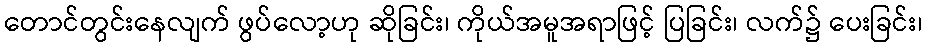
တောင်တွင်းနေလျက် ဖွပ်လော့ဟု ဆိုခြင်း၊ ကိုယ်အမူအရာဖြင့် ပြခြင်း၊ လက်၌ ပေးခြင်း၊